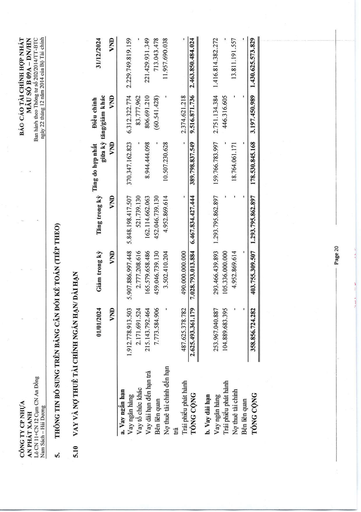
||01/01/2024 VND|Giảm trong kỳ VND|Tăng trong kỳ VND|Tăng do hợp nhất giữa kỳ VND|Điều chỉnh tăng/giảm khác VND|31/12/2024 VND| |---|---|---|---|---|---|---| |a. Vay ngắn hạn||||||| |Vay ngân hàng|1.912.778.913.503|5.907.886.997.448|5.848.198.417.507|370.347.162.823|6.312.322.774|2.229.749.819.159| |Vay tổ chức khác|2.171.691.524|2.777.208.616|521.739.130||83.777.962|| |Vay dài hạn đến hạn trả|215.143.792.464|165.579.658.486|162.114.662.063|8.944.444.098|806.691.210|221.429.931.349| |Bên liên quan|7.773.584.906|459.046.739.130|452.046.739.130|-|(60.541.428)|713.043.478| |Nợ thuê tài chính đến hạn trả||3.502.410.204|4.952.869.614|10.507.230.628||11.957.690.038| |Trái phiếu phát hành|487.625.378.782|490.000.000.000|-|-|2.374.621.218|| |TỔNG CỘNG|2.625.493.361.179|7.028.793.013.884|6.467.834.427.444|389.798.837.549|9.516.871.736|2.463.850.484.024| |b. Vay dài hạn||||||| |Vay ngân hàng|253.967.040.887|293.466.439.893|1.293.795.862.897|159.766.783.997|2.751.134.384|1.416.814.382.272| |Trái phiếu phát hành|104.889.683.395|105.336.000.000|-||446.316.605|| |Nợ thuê tài chính|-|4.952.869.614|-|18.764.061.171|-|13.811.191.557| |Bên liên quan||||||| |TỔNG CỘNG|358.856.724.282|403.755.309.507|1.293.795.862.897|178.530.845.168|3.197.450.989|1.430.625.573.829|